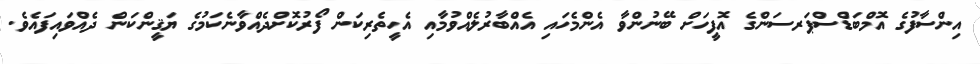
އިންސާފުގެ އޮމްބަޑްސްޕަރސަންގެ އޮފީހަށް ބޭނުންވާ އެންމެހައި އެއްބާރުލެއްވުމާއި އެހީތެރިކަން ފޯރުކޮށްދެއްވާނެކަމުގެ ޔަޤީންކަން ދެއްވައިފައެވެ.